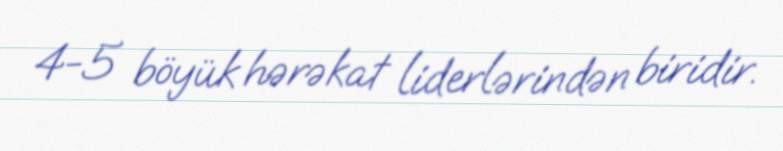
4-5 böyük hərəkat liderlərindən biridir.